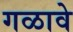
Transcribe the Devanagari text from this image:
गळावे